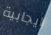
ايجابية